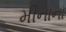
મીનાના